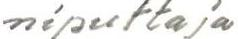
niputtaja